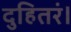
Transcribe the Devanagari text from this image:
दुहितरं।